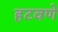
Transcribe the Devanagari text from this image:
हटवणे